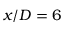
x / D = 6